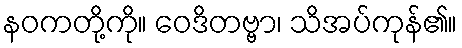
နဝကတို့ကို။ ဝေဒိတဗ္ဗာ၊ သိအပ်ကုန်၏။